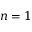
n = 1